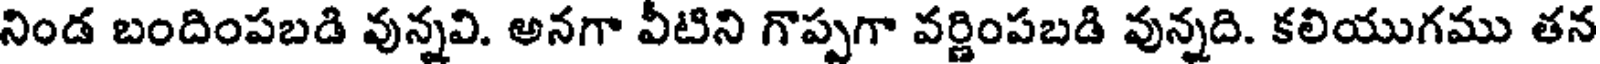
నిండ బందింపబడి వున్నవి. అనగా వీటిని గొప్పగా వర్ణింపబడి వున్నది. కలియుగము తన